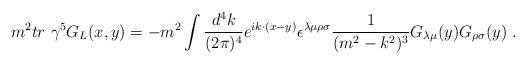
LaTeX: \begin{align*}m^2tr\ \gamma^5G_L(x,y)=- m^2\int\frac{d^4 k}{(2\pi)^4}e^{i k\cdot(x-y)}\epsilon^{\lambda\mu\rho\sigma}\frac{1}{(m^2-k^2)^3}G_{\lambda\mu}(y)G_{\rho\sigma}(y)\ .\end{align*}